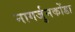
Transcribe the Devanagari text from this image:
नागर्जुनकोंडा